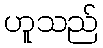
ဟူသည်